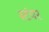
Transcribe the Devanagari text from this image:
स्टंपर